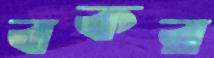
বকর